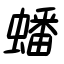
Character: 蟠